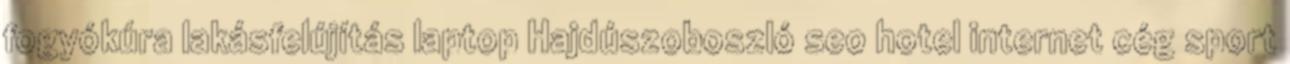
fogyókúra lakásfelújítás laptop Hajdúszoboszló seo hotel internet cég sport